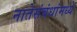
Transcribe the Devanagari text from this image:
नातेसंबंधांमध्ये